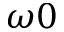
\omega 0